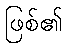
ဖြစ်၏